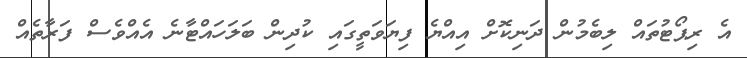
އެ ރިޕޯޓުތައް ލިބެމުން ދަނިކޮށް އިިއްޔެ ފިޔަވަތީގައި ކުދިން ބަލަހައްޓާނެ އެއްވެސް ފަރާތެއް